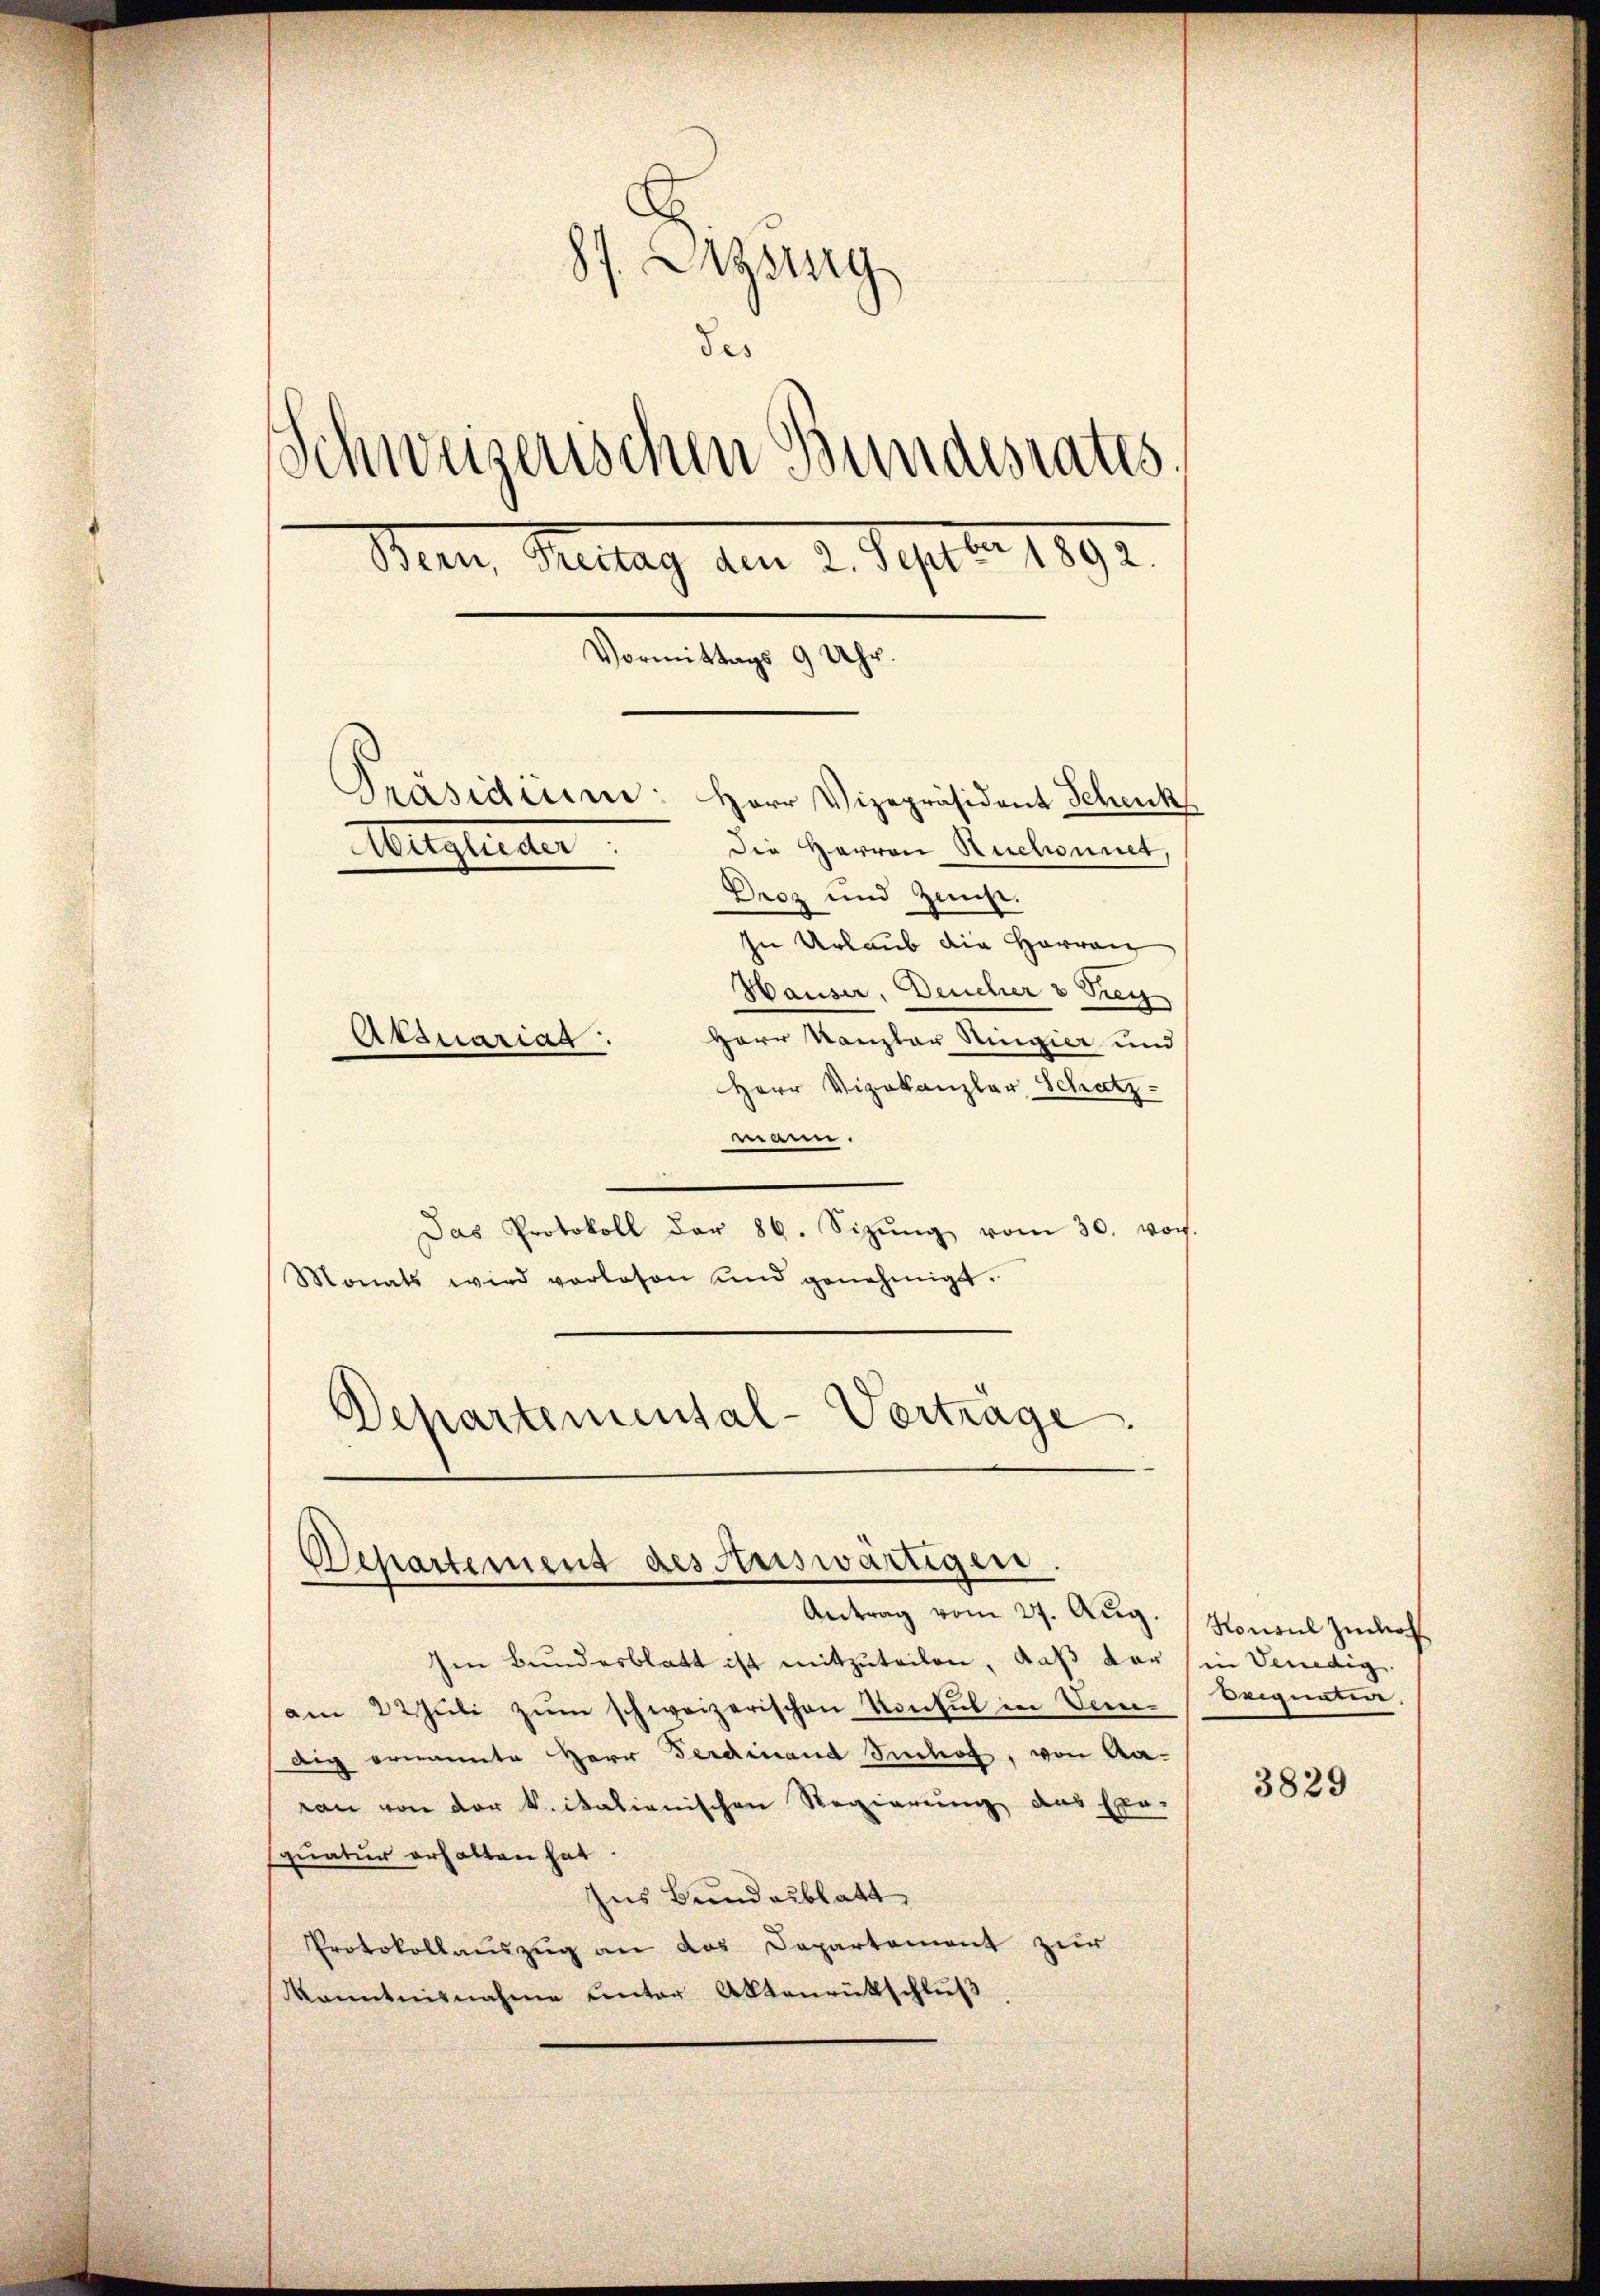
87 Azsig
des
Schweizerischen Bundesrates.
Men Reitag am 2. Septbr 1892.
Vormittags 9 Uhr.
Präsidien: Herr Vizepräsident Schenk
Hugleiter
die Herren Ruchonnet,
Droz und Zuge.
In Urlaub die Harran
Hauser, Deucher & Drey
Herr Kanzler Ringier und
Atsuariag
Herr Vizekanzlar Schatz-

ann.
Das Protokoll der 86. Sizŭng vom 30. vor.
Monats wird verlosen und genehmigt.
Departemental-Verträge

Ien Bundesblatt ist mitzuteilen, daß der in Venedig
am 22. Jŭli zum schweizerischen Konsul in Ver-
dig ernannte Herr Ferdinand Imhof, von Aaan von der k. italienischen Regierung das Exe-
quatur erhalten hat.
Ius Bundesblatt,
Protokollauszug an das Departement zur
Kenntnisnahme unter Aktenrütschluß

Departement des Auswärtigen.
Antrag vom 27. Aŭg. Konsul zukeh

eigneten.

3829